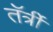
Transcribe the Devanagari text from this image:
तॅर्त्री